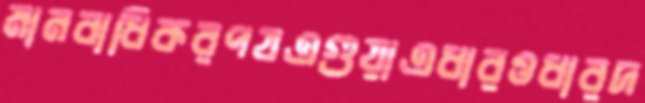
মানবাধিকরপযএগুয়াএধারওধারদ